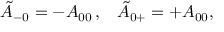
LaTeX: \tilde { \cal A } _ { - 0 } = - { \cal A } _ { 0 0 } \, , \; \; \; \tilde { \cal A } _ { 0 + } = + { \cal A } _ { 0 0 } ,